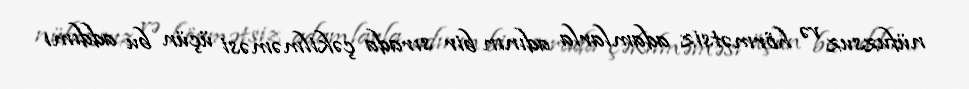
nüfuzsuz və hörmətsiz adamlarla adının bir sırada çəkilməməsi üçün bu addımı